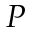
P